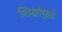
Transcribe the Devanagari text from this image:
शिक्षांमुळे